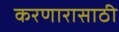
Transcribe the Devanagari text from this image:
करणारासाठी